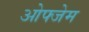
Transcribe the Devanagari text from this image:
ओफ्जेम